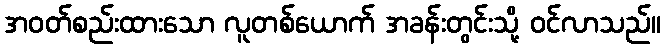
အဝတ်စည်းထားသော လူတစ်ယောက် အခန်းတွင်းသို့ ဝင်လာသည်။